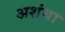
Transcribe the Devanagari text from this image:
अशंथा